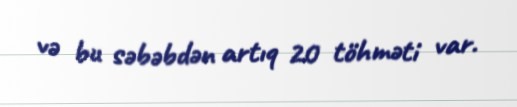
və bu səbəbdən artıq 20 töhməti var.